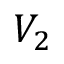
V _ { 2 }